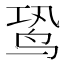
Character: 𬸉